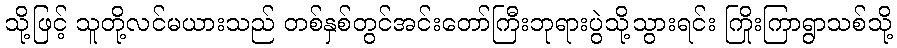
သို့ဖြင့် သူတို့လင်မယားသည် တစ်နှစ်တွင်အင်းတော်ကြီးဘုရားပွဲသို့သွားရင်း ကြိုးကြာရွာသစ်သို့